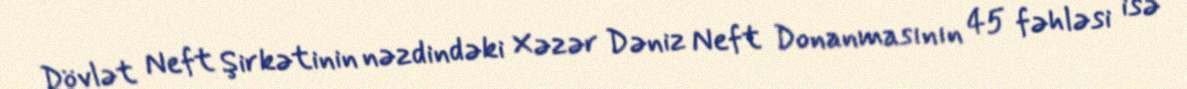
Dövlət Neft Şirkətinin nəzdindəki Xəzər Dəniz Neft Donanmasının 45 fəhləsi isə